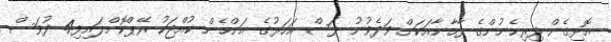
އޮޅިގެން ފިރިހެނުންގެ ފާހާނާއަކަށް ވަދެވުނު ފަސް އަހަރުގެ އަންހެން ކުއްޖަކު ރޭޕްކޮށްލައިފި4 ދުވަސް